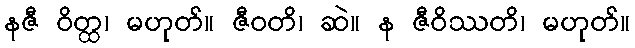
နဇီ ဝိတ္ထ၊ မဟုတ်။ ဇီဝတိ၊ ဆဲ။ န ဇီဝိဿတိ၊ မဟုတ်။